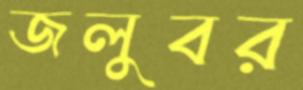
জলুবর